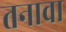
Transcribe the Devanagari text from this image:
तनावा